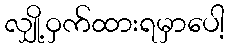
လျှို့ဝှက်ထားရမှာပေါ့